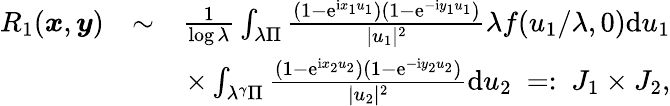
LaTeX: \begin{array}{rlr}{R_{1}(\boldsymbol{x},\boldsymbol{y})}&{\sim}&{\frac{1}{\log\lambda}\int_{\lambda\Pi}\frac{(1-\mathrm e^{\mathrm ix_{1}u_{1}})(1-\mathrm e^{-\mathrm iy_{1}u_{1}})}{|u_{1}|^{2}}\lambda f(u_{1}/\lambda,0)\mathrm du_{1}}\\ &{}&{\times\int_{\lambda^{\gamma}\Pi}\frac{(1-\mathrm e^{\mathrm ix_{2}u_{2}})(1-\mathrm e^{-\mathrm iy_{2}u_{2}})}{|u_{2}|^{2}}\mathrm du_{2}\ =:\ J_{1}\times J_{2},}\end{array}